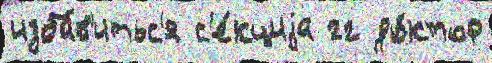
изба́в'итьс'я с'е́кциjа гг до́ктор